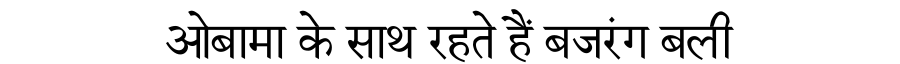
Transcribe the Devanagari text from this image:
ओबामा के साथ रहते हैं बजरंग बली